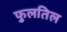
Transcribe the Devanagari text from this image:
फुलतिल